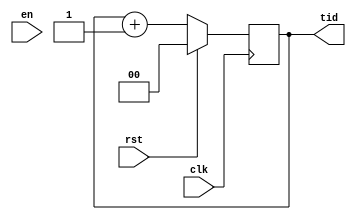
`timescale 1ns / 1ps
//////////////////////////////////////////////////////////////////////////////////
// Company: 
// Engineer: 
// 
// Design Name: 
// Module Name:    thread_arbiter_4way 
// Project Name: 
// Target Devices: 
// Tool versions: 
// Description: 
//
// Dependencies: 
//
// Revision: 
// Revision 0.01 - File Created
// Additional Comments: 
//
//////////////////////////////////////////////////////////////////////////////////
module thread_arbiter_4way(
		output [1:0] tid,
		input clk,
		input rst,
		input en
    );
	 
	 reg [1:0] tid_out;
	 assign tid = tid_out;
	 
	 always @(posedge clk)
	 begin
		if (rst)
		begin
			tid_out <= 0;
		end
		else
		begin
			tid_out <= tid + 1;
		end
	 end


endmodule